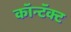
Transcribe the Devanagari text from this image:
कॉन्टॅक्ट